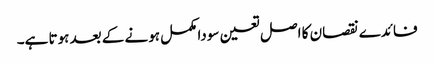
فائدے نقصان کا اصل تعین سودا مکمل ہونے کے بعد ہوتا ہے۔